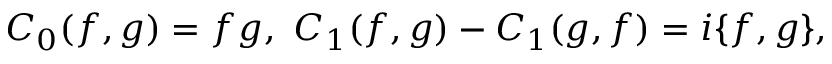
C _ { 0 } ( f , g ) = f g , \ C _ { 1 } ( f , g ) - C _ { 1 } ( g , f ) = i \{ f , g \} ,